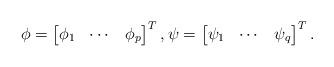
LaTeX: \begin{align*} \phi = \begin{bmatrix} \phi_1 & \cdots & \phi_p \end{bmatrix}^T, \psi = \begin{bmatrix} \psi_1 & \cdots & \psi_q \end{bmatrix}^T .\end{align*}